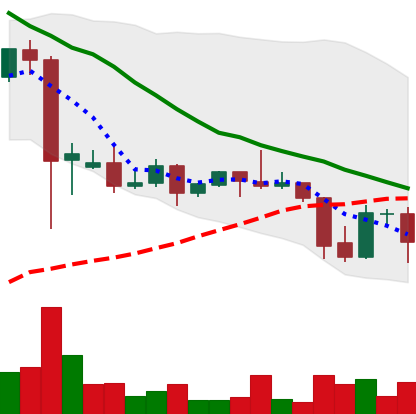
Ticker: DOGE-USD
Chart end date: 2021-09-24
Forward return: -5.049%
Label: down_5_7